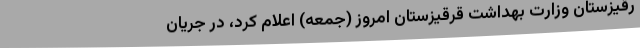
رقیزستان وزارت بهداشت قرقیزستان امروز (جمعه) اعلام کرد، در جریان